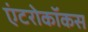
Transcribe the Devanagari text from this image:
एंटरोकॉकस